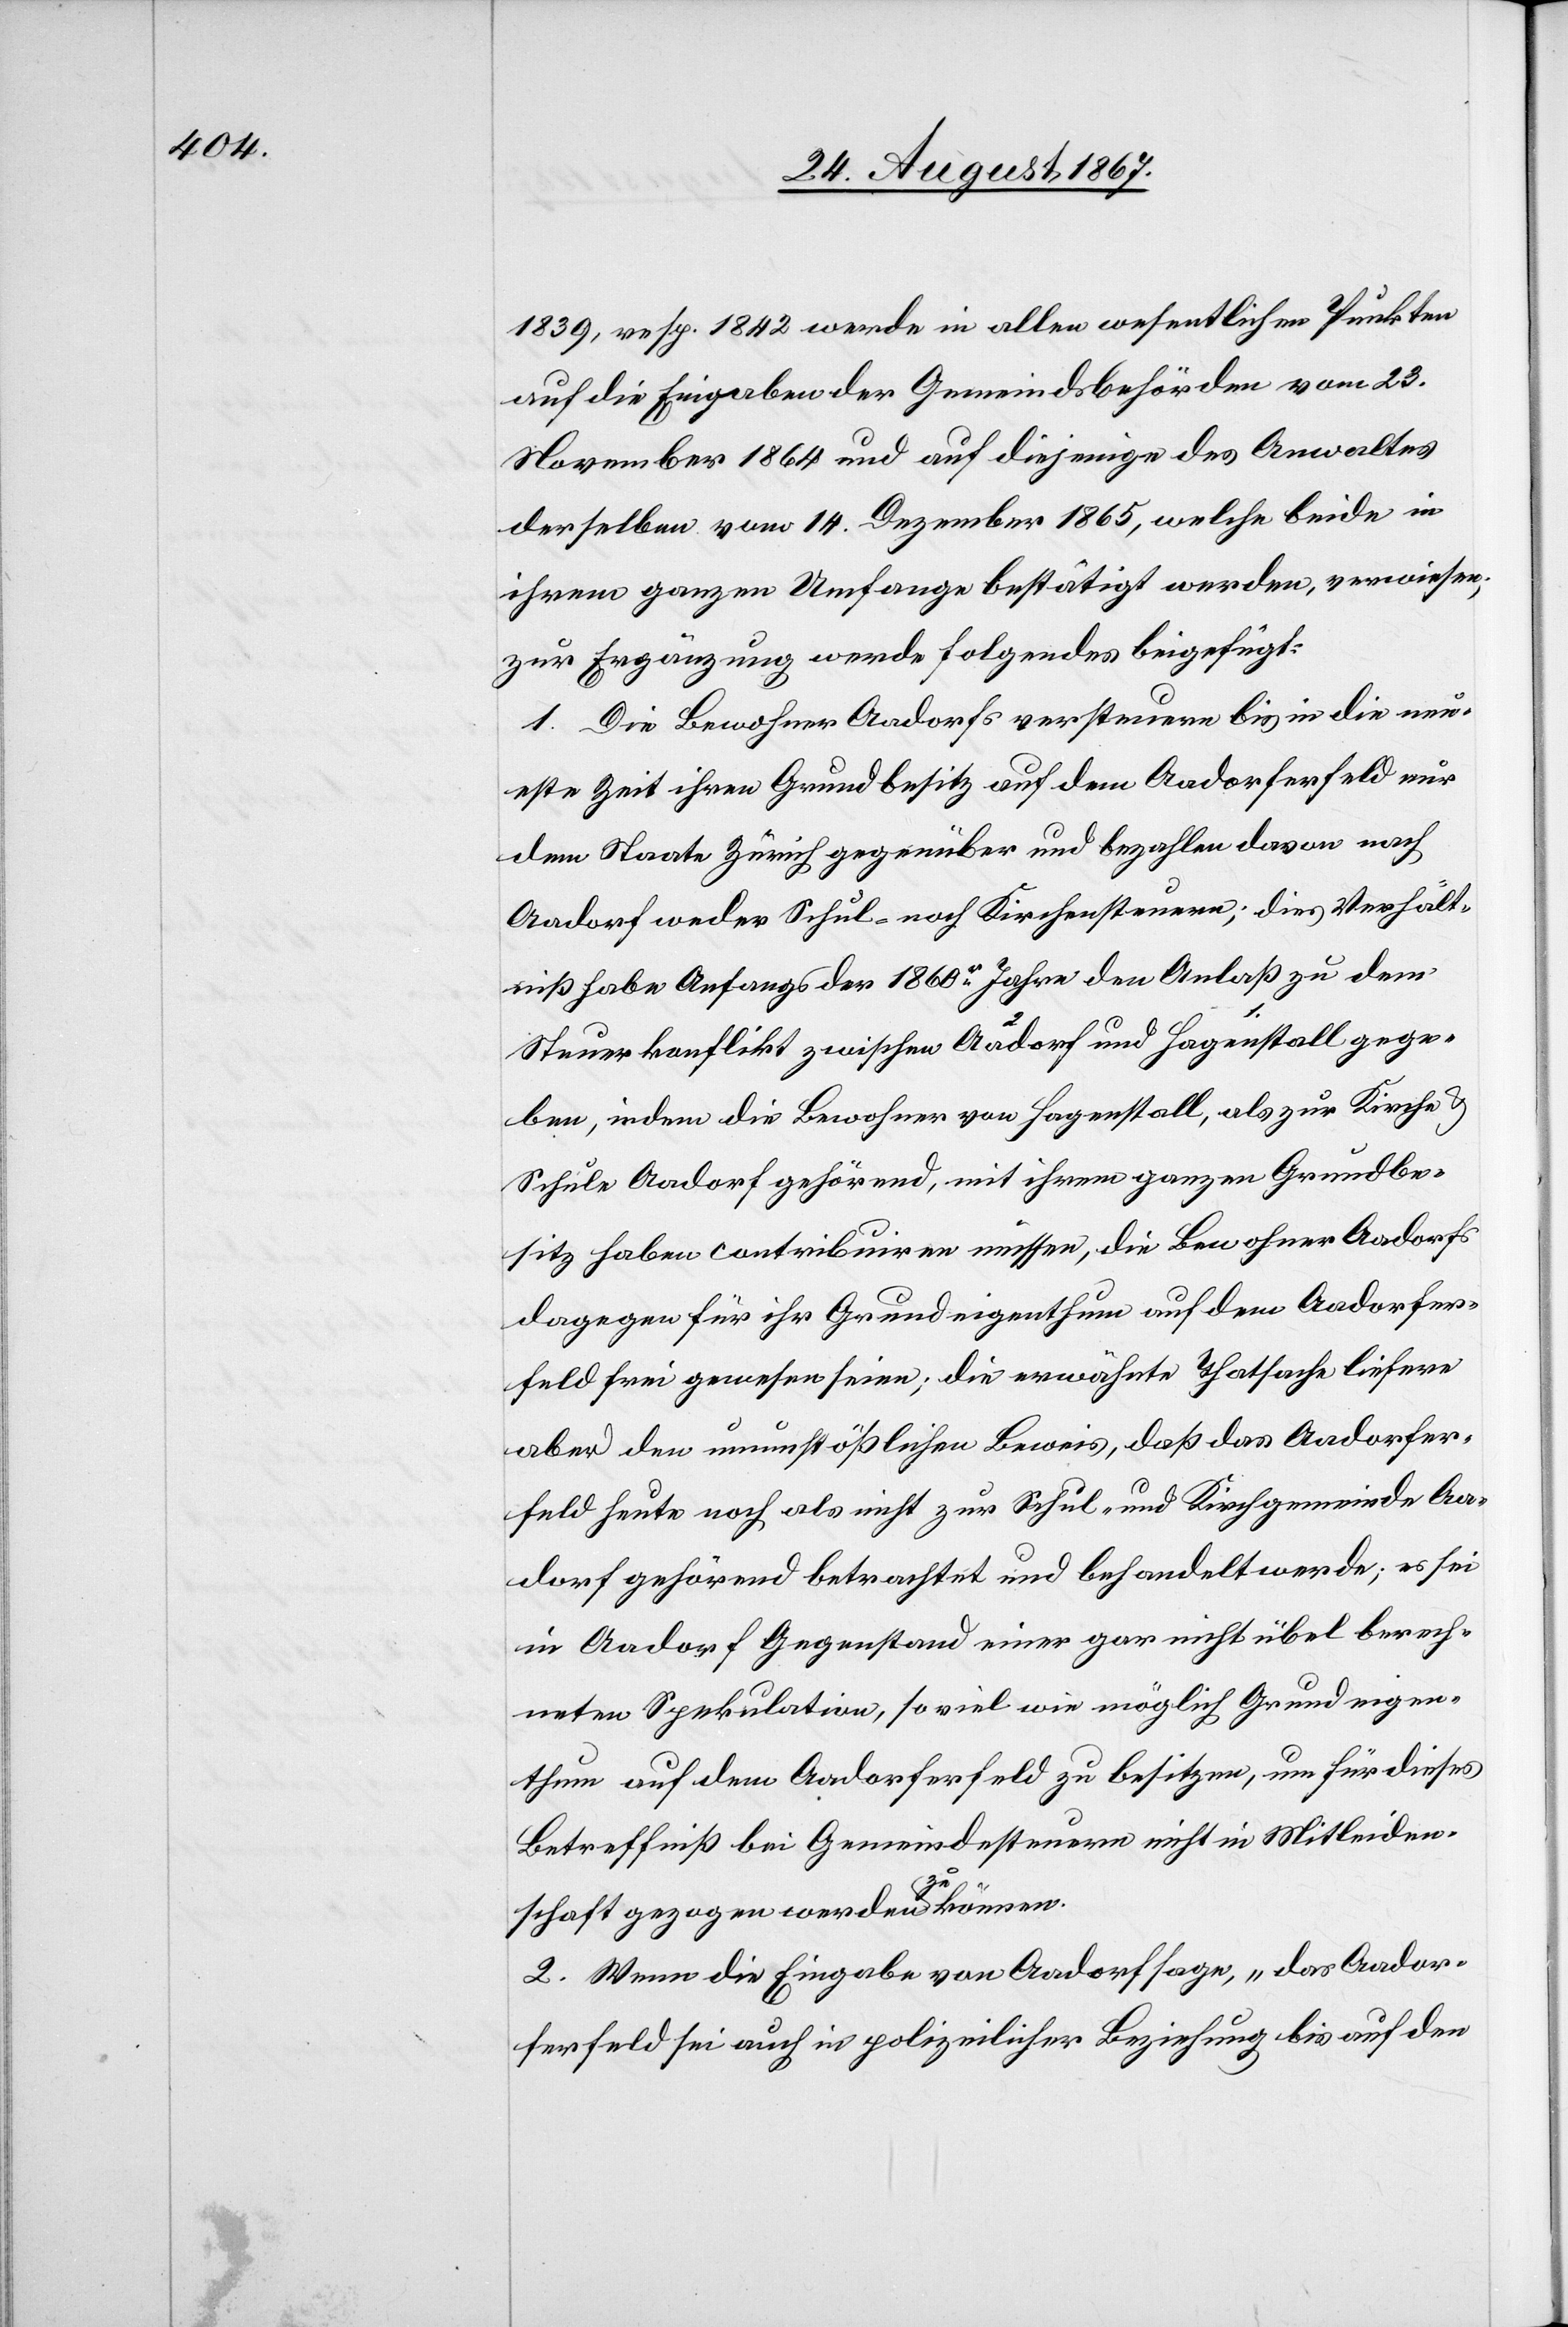
1839, resp. 1842 werde in allen wesentlichen Punkten
auf die Eingaben der Gemeindsbehörden vom 23.
November 1864 und auf diejenige des Anwaltes
derselben vom 14. Dezember 1865, welche beide in
ihrem ganzen Umfange bestätigt werden, verwiesen;
zur Ergänzung werde folgendes beigefügt:
1. Die Bewohner Aadorfs versteuern bis in die neu¬
este Zeit ihren Grundbesitz auf dem Aadorferfeld nur
dem Staate Zürich gegenüber und bezahlen davon nach
Aadorf weder Schul- noch Kirchensteuern; dies Verhält¬
niß habe Anfangs der 1860r. Jahre den Anlaß zu dem
Steuerkonflikt zwischen Aadorf und Hagenstall gege¬
ben, indem die Bewohner von Hagenstall, als zur Kirche
Schule Aadorf gehörend, mit ihrem ganzen Grundbe¬
sitz haben contribuiren müssen, die Bewohner Aadorfs
dagegen für ihr Grundeigenthum auf dem Aadorfer¬
feld frei gewesen seien; die erwähnte Thatsache liefere
aber den unumstößlichen Beweis, daß das Aadorfer¬
feld heute noch als nicht zur Schul- und Kirchgemeinde Aa¬
dorf gehörend betrachtet und behandelt werde; es sei
in Aadorf Gegenstand einer gar nicht übel berech¬
neten Spekulation, so viel wie möglich Grundeigen¬
thum auf dem Aadorferfeld zu besitzen, um für dieses
Betreffniß bei Gemeindesteuern nicht in Mitleiden¬
schaft gezogen werden zu können.
2. Wenn die Eingabe von Aadorf sage, „das Aador¬
ferfeld sei auch in polizeilicher Beziehung bis auf den